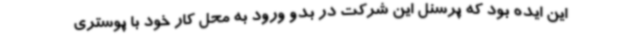
این ایده بود که پرسنل این شرکت در بدو ورود به محل کار خود با پوستری